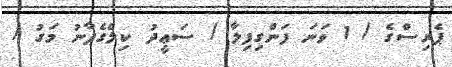
ޕެރިސްގެ / 1 ވަނަ ފަންގިފިލާ / ސަޢީދު ކިލެގެފާނު މަގު /